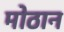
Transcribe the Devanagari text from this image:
मोठान